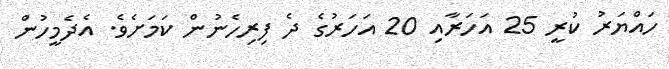
ހައްޔަރުު ކުރީ 25 އަހަރާއި 20 އަހަރުގެ ދެ ފިރިހެނުން ކަމަށެވެ. އެދެމީހުން